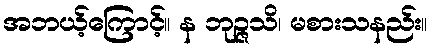
အဘယ့်ကြောင့်။ န ဘုဉ္ဇသိ၊ မစားသနည်း။